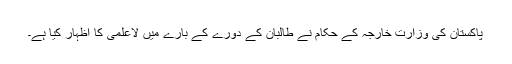
پاکستان کی وزارتِ خارجہ کے حکام نے طالبان کے دورے کے بارے میں لاعلمی کا اظہار کیا ہے۔